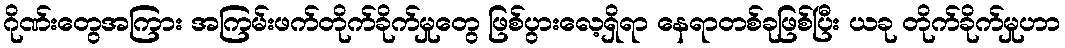
ဂိုဏ်းတွေအကြား အကြမ်းဖက်တိုက်ခိုက်မှုတွေ ဖြစ်ပွားလေ့ရှိရာ နေရာတစ်ခုဖြစ်ပြီး ယခု တိုက်ခိုက်မှုဟာ